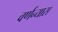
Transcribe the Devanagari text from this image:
वर्णन्यास